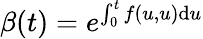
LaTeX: \beta(t)=e^{\int_{0}^{t}f(u,u)\mathrm{d}u}